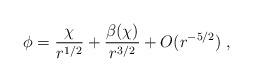
LaTeX: \begin{align*}\phi =\frac{\chi }{r^{1/2}}+\frac{\beta (\chi )}{r^{3/2}}+O(r^{-5/2})\;, \end{align*}